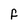
Character: F